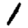
Digit: 1